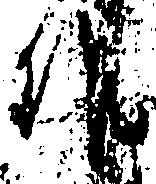
作